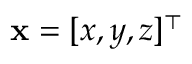
\mathbf { x } = [ x , y , z ] ^ { \top }